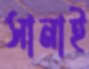
সানাই